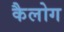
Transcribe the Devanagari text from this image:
कैलोग